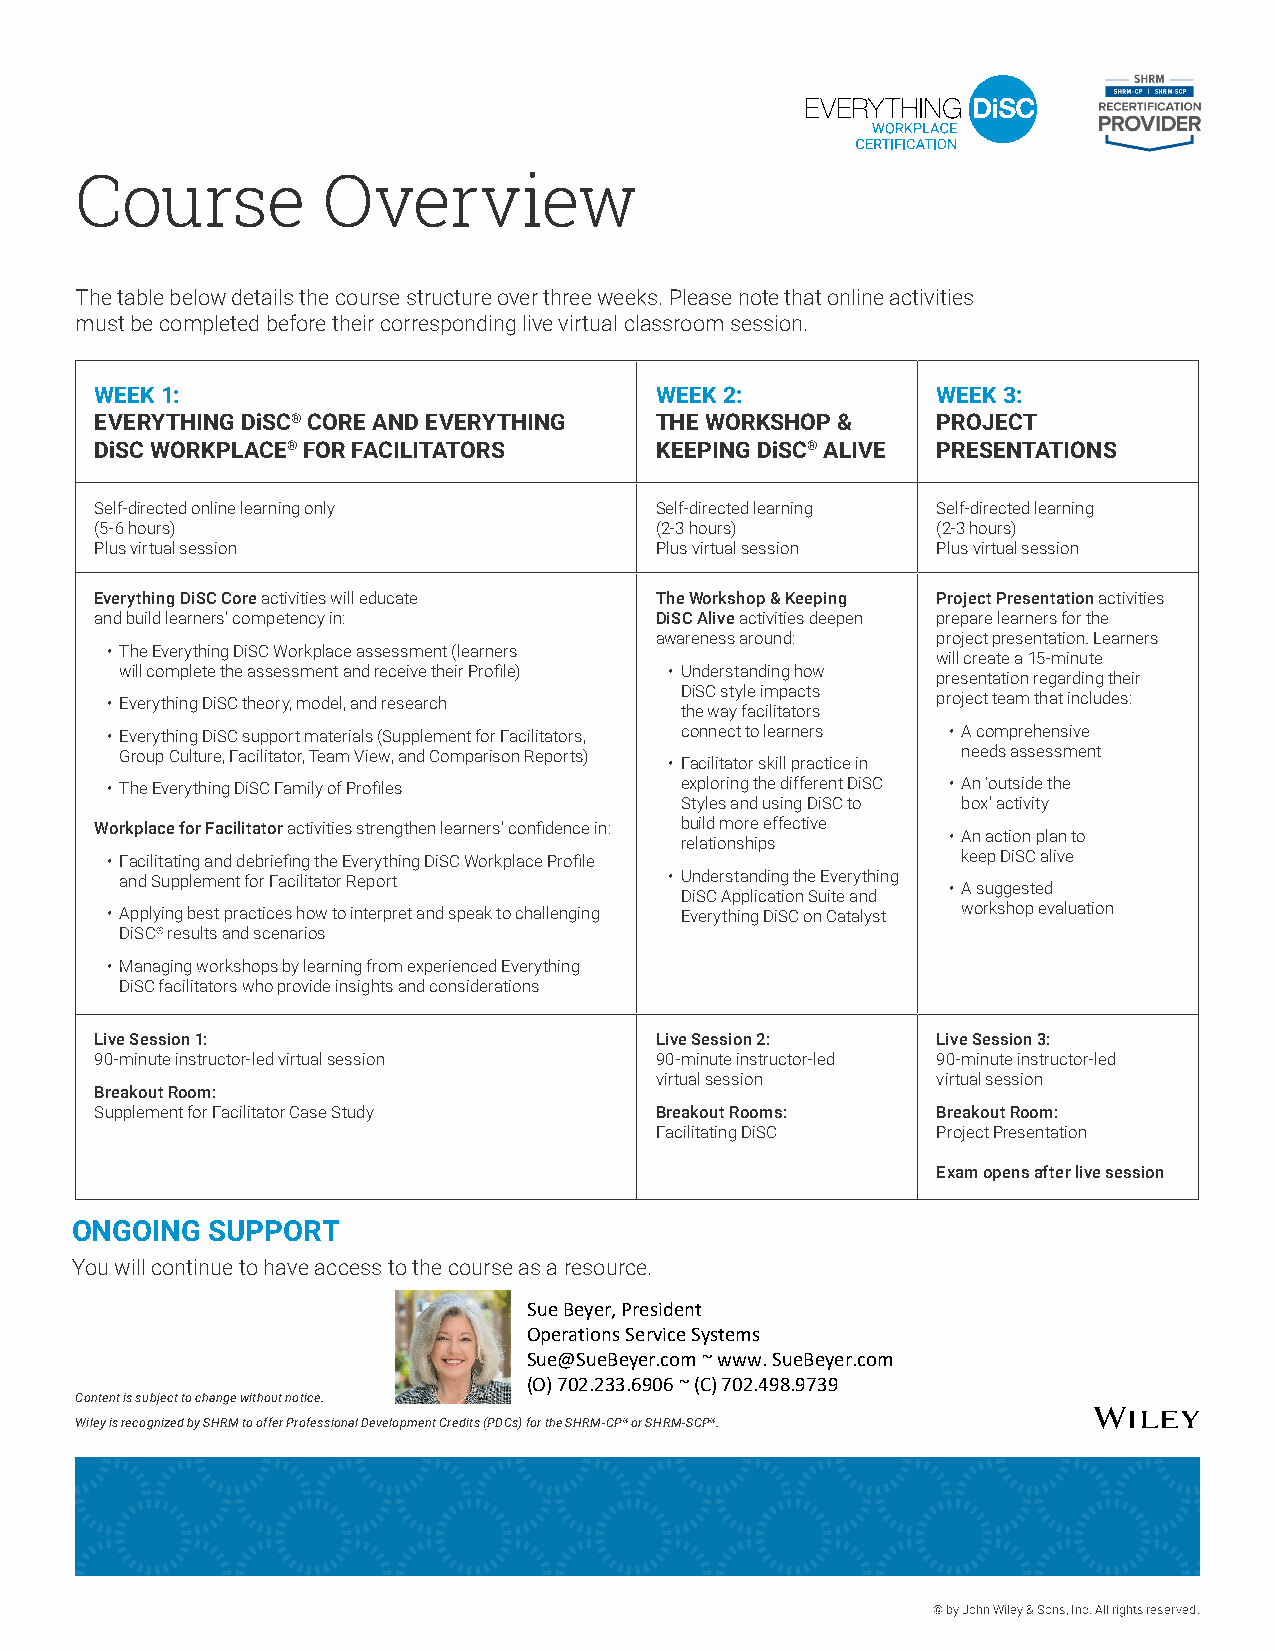
Course          Overview
 The table below details the course structure over three weeks. Please note that online activities
 must be completed before their corresponding live virtual classroom session.
 WEEK 1:                              WEEK 2:            WEEK 3:
 EVERYTHING DiSC® CORE AND EVERYTHING THE WORKSHOP &     PROJECT
 DiSC WORKPLACE® FOR FACILITATORS     KEEPING DiSC® ALIVE PRESENTATIONS
 Self-directed online learning only   Self-directed learning Self-directed learning
 (5-6 hours)                          (2-3 hours)        (2-3 hours)
 Plus virtual session                 Plus virtual session Plus virtual session
 Everything DiSC Core activities will educate The Workshop & Keeping Project Presentation activities
 and build learners’ competency in:   DiSC Alive activities deepen prepare learners for the
 awareness around:  project presentation. Learners
 • The Everything DiSC Workplace assessment (learners
 will create a 15-minute
 will complete the assessment and receive their Profile) • Understanding how
 presentation regarding their
 DiSC style impacts
 • Everything DiSC theory, model, and research          project team that includes:
 the way facilitators
 • Everything DiSC support materials (Supplement for Facilitators, connect to learners • A comprehensive
 Group Culture, Facilitator, Team View, and Comparison Reports) needs assessment
 • Facilitator skill practice in
 • The Everything DiSC Family of Profiles exploring the different DiSC • An ‘outside the
 Styles and using DiSC to box’ activity
 Workplace for Facilitator activities strengthen learners’ confidence in: build more effective
 • An action plan to
 relationships
 • Facilitating and debriefing the Everything DiSC Workplace Profile keep DiSC alive
 and Supplement for Facilitator Report • Understanding the Everything
 • A suggested
 DiSC Application Suite and
 • Applying best practices how to interpret and speak to challenging Everything DiSC on Catalyst workshop evaluation
 DiSC® results and scenarios
 • Managing workshops by learning from experienced Everything
 DiSC facilitators who provide insights and considerations
 Live Session 1:                      Live Session 2:    Live Session 3:
 90-minute instructor-led virtual session 90-minute instructor-led 90-minute instructor-led
 virtual session    virtual session
 Breakout Room:
 Supplement for Facilitator Case Study Breakout Rooms:   Breakout Room:
 Facilitating DiSC  Project Presentation
 Exam opens after live session
 ONGOING  SUPPORT
 You will continue to have access to the course as a resource.
 Sue Beyer, President
 Operations Service Systems
 Sue@SueBeyer.com ~ www. SueBeyer.com
 (O) 702.233.6906 ~ (C) 702.498.9739
 Content is subject to change without notice.
 Wiley is recognized by SHRM to offer Professional Development Credits (PDCs) for the SHRM-CP® or SHRM-SCP®.
 © by John Wiley & Sons, Inc. All rights reserved.